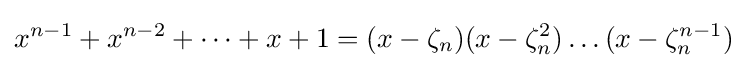
x^{n-1}+x^{n-2}+\dots +x+1=(x-\zeta _{n})(x-\zeta _{n}^{2})\dots (x-\zeta _{n}^{n-1})